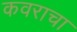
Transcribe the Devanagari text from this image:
कवराचा